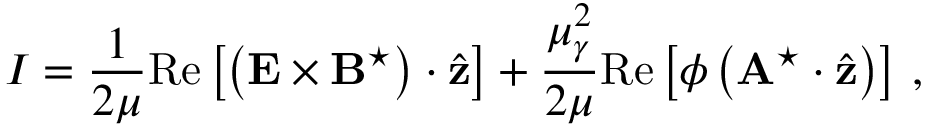
I = \frac { 1 } { 2 \mu } \mathrm { R e } \left[ \left( { \bf E } \times { \bf B } ^ { \star } \right) \cdot \hat { { \bf z } } \right] + \frac { \mu _ { \gamma } ^ { 2 } } { 2 \mu } \mathrm { R e } \left[ \phi \left( { \bf A } ^ { \star } \cdot \hat { { \bf z } } \right) \right] \, ,